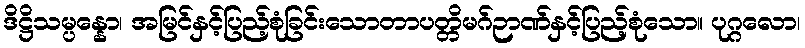
ဒိဋ္ဌိသမ္ပန္နော၊ အမြင်နှင့်ပြည့်စုံခြင်းသောတာပတ္တိမဂ်ဉာဏ်နှင့်ပြည့်စုံသော။ ပုဂ္ဂလော၊